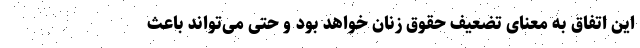
این اتفاق به معنای تضعیف حقوق زنان خواهد بود و حتی می‌تواند باعث